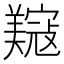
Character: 𫅟